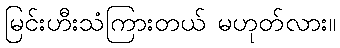
မြင်းဟီးသံကြားတယ် မဟုတ်လား။